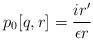
LaTeX: \begin{align*}p_0[q,r] = \frac{i r'}{\epsilon r} \end{align*}